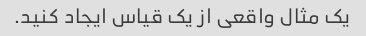
یک مثال واقعی از یک قیاس ایجاد کنید.